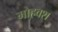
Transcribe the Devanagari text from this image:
मोहवश